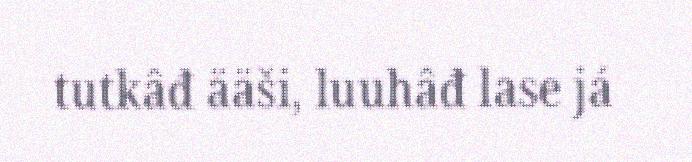
tutkâđ ääši, luuhâđ lase já